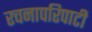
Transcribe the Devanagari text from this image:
रचनापरिपाटी